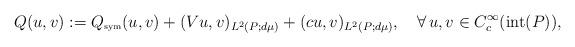
LaTeX: \begin{align*}Q(u,v) := Q_{\hbox{\tiny{sym}}}(u,v) + (Vu, v)_{L^2(P; d\mu)} + (cu, v)_{L^2(P; d\mu)},\quad\forall\, u,v \in C^{\infty}_c(\hbox{int}(P)),\end{align*}